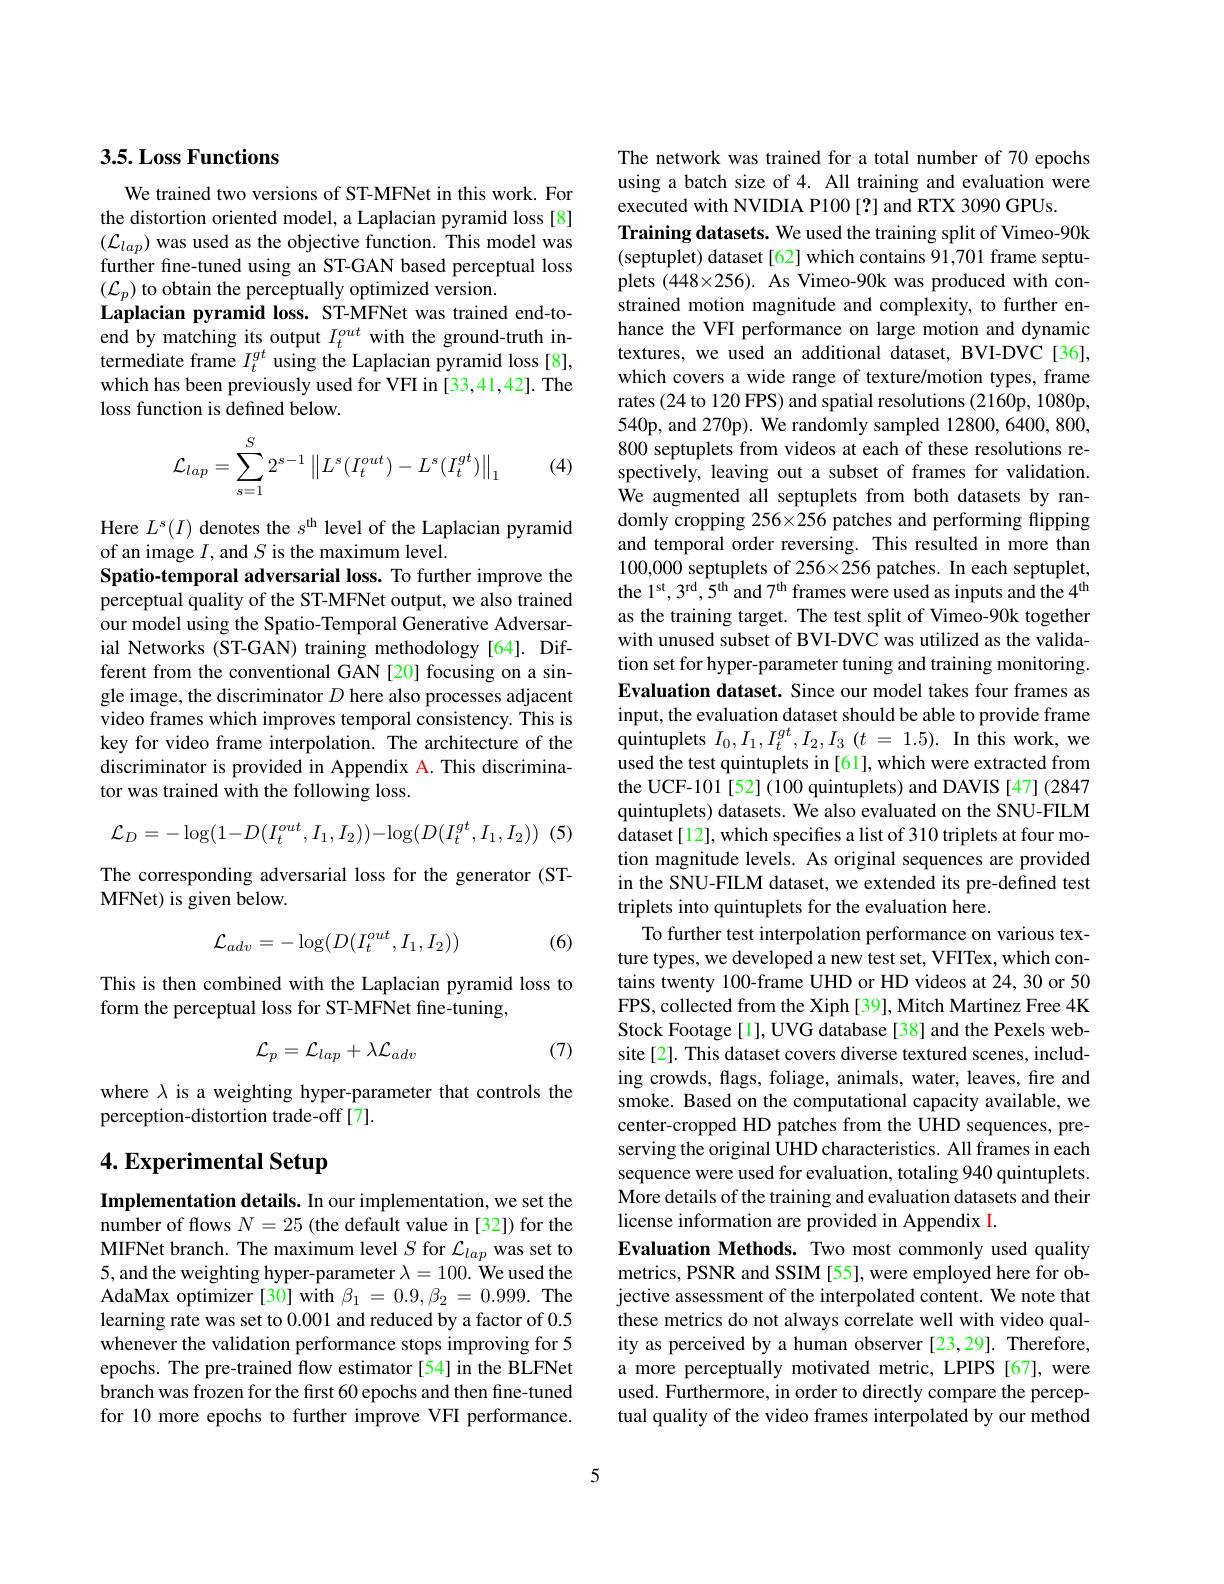
## 3.5. Loss Functions

We trained two versions of ST-MFNet in this work. For the distortion oriented model, a Laplacian pyramid loss[8] $(\mathcal{L}_{lap})$ was used as the objective function. This model was further fine-tuned using an ST-GAN based perceptual loss $(\mathcal{L}_{p})$ to obtain the perceptually optimized version.
Laplacian pyramid loss. ST-MFNet was trained end-toend by matching its output $I_t^{out}$ with the ground-truth intermediate frame $I_t^{gt}$ using the Laplacian pyramid loss[8], which has been previously used for VFI in [33,41,42]. The loss function is defined below.
$$\mathcal{L}_{lap}=\sum_{s=1}^S2^{s-1}\begin{Vmatrix}L^s(I_t^{out})-L^s(I_t^{gt})\end{Vmatrix}_1$$
(4)

Here $L^s(I)$ denotes the $s^\mathrm{th}$ level of the Laplacian pyramid
of an image $I$, and $S$ is the maximum level.
Spatio-temporal adversarial loss. To further improve the perceptual quality of the ST-MFNet output, we also trained our model using the Spatio-Temporal Generative Adversarial Networks (ST-GAN) training methodology[64]. Different from the conventional GAN [20] focusing on a single image, the discriminator $D$ here also processes adjacent video frames which improves temporal consistency. This is key for video frame interpolation. The architecture of the discriminator is provided in Appendix A. This discriminator was trained with the following loss.
$$\mathcal{L}_{D}=-\log(1-D(I_{t}^{out},I_{1},I_{2}))-\log(D(I_{t}^{gt},I_{1},I_{2}))$$
(5)

The corresponding adversarial loss for the generator (ST-
MFNet) is given below.

(6)
$$\mathcal{L}_{adv}=-\log(D(I_t^{out},I_1,I_2))$$
This is then combined with the Laplacian pyramid loss to
form the perceptual loss for ST-MFNet fine-tuning,

(7)
$$\mathcal{L}_{p}=\mathcal{L}_{lap}+\lambda\mathcal{L}_{adv}$$
where $\lambda$ is a weighting hyper-parameter that controls the
perception-distortion trade-off [7].

# 4. Experimental Setup

Implementation details. In our implementation, we set the number of flows $N=25$ (the default value in [32]) for the MIFNet branch. The maximum level $S$ for $\mathcal{L}_lap$ was set to 5,and the weighting hyper-parameter $\lambda=100.$ We used the AdaMax optimizer [30] with $\beta_1=0.9,\beta_2=0.999.$ The learning rate was set to 0.001 and reduced by a factor of 0.5 whenever the validation performance stops improving for 5 epochs. The pre-trained flow estimator [54] in the BLFNet branch was frozen for the first 60 epochs and then fine-tuned for 10 more epochs to further improve VFI performance.

The network was trained for a total number of 70 epochs using a batch size of 4. All training and evaluation were executed with NVIDIA P100[?] and RTX 3090 GPUs.
Training datasets. We used the training split of Vimeo-90k (septuplet) dataset[62] which contains 91,701 frame septuplets $(448\times256).$ As Vimeo-90k was produced with constrained motion magnitude and complexity, to further enhance the VFI performance on large motion and dynamic textures, we used an additional dataset, BVI-DVC[36], which covers a wide range of texture/motion types, frame rates (24 to 120 FPS) and spatial resolutions (2160p, 1080p, 540p, and 270p). We randomly sampled 12800, 6400, 800, 800 septuplets from videos at each of these resolutions respectively, leaving out a subset of frames for validation. We augmented all septuplets from both datasets by randomly cropping 256×256 patches and performing flipping and temporal order reversing. This resulted in more than 100,0000 septuplets of 256×256 patches. In each septuplet, the 1'st, 3'' $,5^\mathrm{th}$ and 7'h frames were used as inputs and the 4' as the training target. The test split of Vimeo-90k together with unused subset of BVI-DVC was utilized as the validation set for hyper-parameter tuning and training monitoring. Evaluation dataset. Since our model takes four frames as input, the evaluation dataset should be able to provide frame quintuplets $I_0,I_1,I_t^{gt},I_2,I_3$ $( t$ = 1.5). In this work, we used the test quintuplets in [61], which were extracted from the UCF-101[52](100 quintuplets) and DAVIS [47] (2847 quintuplets) datasets. We also evaluated on the SNU-FILM dataset [12], which specifies a list of 310 triplets at four motion magnitude levels. As original sequences are provided in the SNU-FILM dataset, we extended its pre-defined test triplets into quintuplets for the evaluation here.
To further test interpolation performance on various texture types, we developed a new test set, VFITex, which contains twenty 100-frame UHD or HD videos at 24, 30 or 50 FPS, collected from the Xiph [39], Mitch Martinez Free 4K Stock Footage[1], UVG database[38] and the Pexels website[2]. This dataset covers diverse textured scenes, including crowds, flags, foliage, animals, water, leaves, fire and smoke. Based on the computational capacity available, we center-cropped HD patches from the UHD sequences, preserving the original UHD characteristics. All frames in each sequence were used for evaluation, totaling 940 quintuplets. More details of the training and evaluation datasets and their license information are provided in Appendix I.
Evaluation Methods. Two most commonly used quality metrics, PSNR and SSIM [55], were employed here for objective assessment of the interpolated content. We note that these metrics do not always correlate well with video quality as perceived by a human observer [23,29]. Therefore, a more perceptually motivated metric, LPIPS [67],were used. Furthermore, in order to directly compare the perceptual quality of the video frames interpolated by our method

5